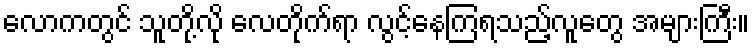
လောကတွင် သူတို့လို လေတိုက်ရာ လွင့်နေကြရသည့်လူတွေ အများကြီး။